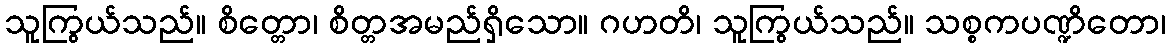
သူကြွယ်သည်။ စိတ္တော၊ စိတ္တအမည်ရှိသော။ ဂဟတိ၊ သူကြွယ်သည်။ သစ္စကပဏ္ဍိတော၊